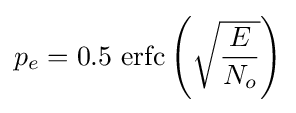
p_{e}=0.5\,\operatorname {erfc} \left({\sqrt {\frac {E}{N_{o}}}}\right)